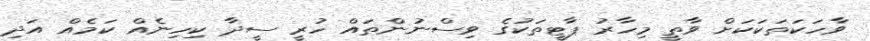
ވާހަކަތަކަކަށް ވާތީ މިހާރު ޕާޓީތަކުގެ ވިސްނުންތައް ހުރީ ސީދާ ކިހިނެއް ކަމެއް އަދި